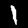
Label: 1